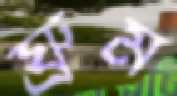
ঘ্রুম